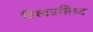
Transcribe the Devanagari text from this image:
विश्वप्रसिध्द